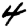
Digit: 4